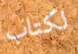
لكتاب